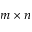
m \times n